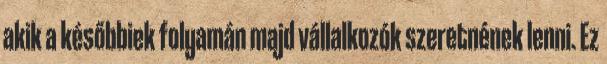
akik a későbbiek folyamán majd vállalkozók szeretnének lenni. Ez